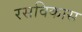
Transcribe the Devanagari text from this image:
रसविकास